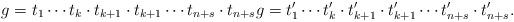
LaTeX: \begin{align*}g=t_1\cdots t_k\cdot t_{k+1} \cdot t_{k+1} \cdots t_{n+s} \cdot t_{n + s}g=t'_1\cdots t'_k\cdot t'_{k+1}\cdot t'_{k+1}\cdots t'_{n+s}\cdot t'_{n+s}.\end{align*}